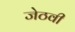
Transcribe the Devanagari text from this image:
जेठवी